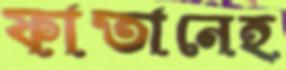
ফাতানেহ্